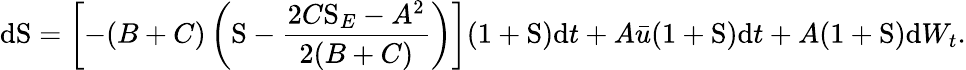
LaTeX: \mathrm{d}\mathrm{S}=\left[-(B+C)\left(\mathrm{S}-\frac{2C\mathrm{S}_{E}-A^{2}}{2(B+C)}\right)\right](1+\mathrm{S})\mathrm{d}t+A\bar{u}(1+\mathrm{S})\mathrm{d}t+A(1+\mathrm{S})\mathrm{d}W_{t}.